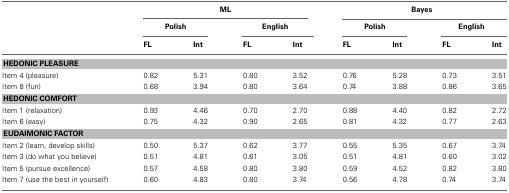
<table><thead><tr><td></td><td colspan="4"><b>ML</b></td><td colspan="4"><b>Bayes</b></td></tr><tr><td></td><td colspan="2"><b>Polish</b></td><td colspan="2"><b>English</b></td><td colspan="2"><b>Polish</b></td><td colspan="2"><b>English</b></td></tr><tr><td></td><td><b>FL</b></td><td><b>Int</b></td><td><b>FL</b></td><td><b>Int</b></td><td><b>FL</b></td><td><b>Int</b></td><td><b>FL</b></td><td><b>Int</b></td></tr></thead><tbody><tr><td colspan="9"><b>HEDONIC PLEASURE</b></td></tr><tr><td>Item 4 (pleasure)</td><td>0.82</td><td>5.31</td><td>0.80</td><td>3.52</td><td>0.76</td><td>5.28</td><td>0.73</td><td>3.51</td></tr><tr><td>Item 8 (fun)</td><td>0.68</td><td>3.94</td><td>0.80</td><td>3.64</td><td>0.74</td><td>3.88</td><td>0.86</td><td>3.65</td></tr><tr><td colspan="9"><b>HEDONIC COMFORT</b></td></tr><tr><td>Item 1 (relaxation)</td><td>0.93</td><td>4.46</td><td>0.70</td><td>2.70</td><td>0.88</td><td>4.40</td><td>0.82</td><td>2.72</td></tr><tr><td>Item 6 (easy)</td><td>0.75</td><td>4.32</td><td>0.90</td><td>2.65</td><td>0.81</td><td>4.32</td><td>0.77</td><td>2.63</td></tr><tr><td colspan="9"><b>EUDAIMONIC FACTOR</b></td></tr><tr><td>Item 2 (learn, develop skills)</td><td>0.50</td><td>5.37</td><td>0.62</td><td>3.77</td><td>0.55</td><td>5.35</td><td>0.67</td><td>3.74</td></tr><tr><td>Item 3 (do what you believe)</td><td>0.51</td><td>4.81</td><td>0.61</td><td>3.05</td><td>0.51</td><td>4.81</td><td>0.60</td><td>3.02</td></tr><tr><td>Item 5 (pursue excellence)</td><td>0.57</td><td>4.58</td><td>0.80</td><td>3.80</td><td>0.59</td><td>4.52</td><td>0.82</td><td>3.80</td></tr><tr><td>Item 7 (use the best in yourself)</td><td>0.60</td><td>4.83</td><td>0.80</td><td>3.74</td><td>0.56</td><td>4.78</td><td>0.74</td><td>3.74</td></tr></tbody></table>